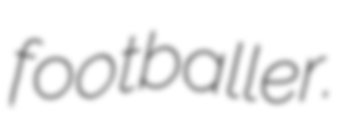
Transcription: footballer.